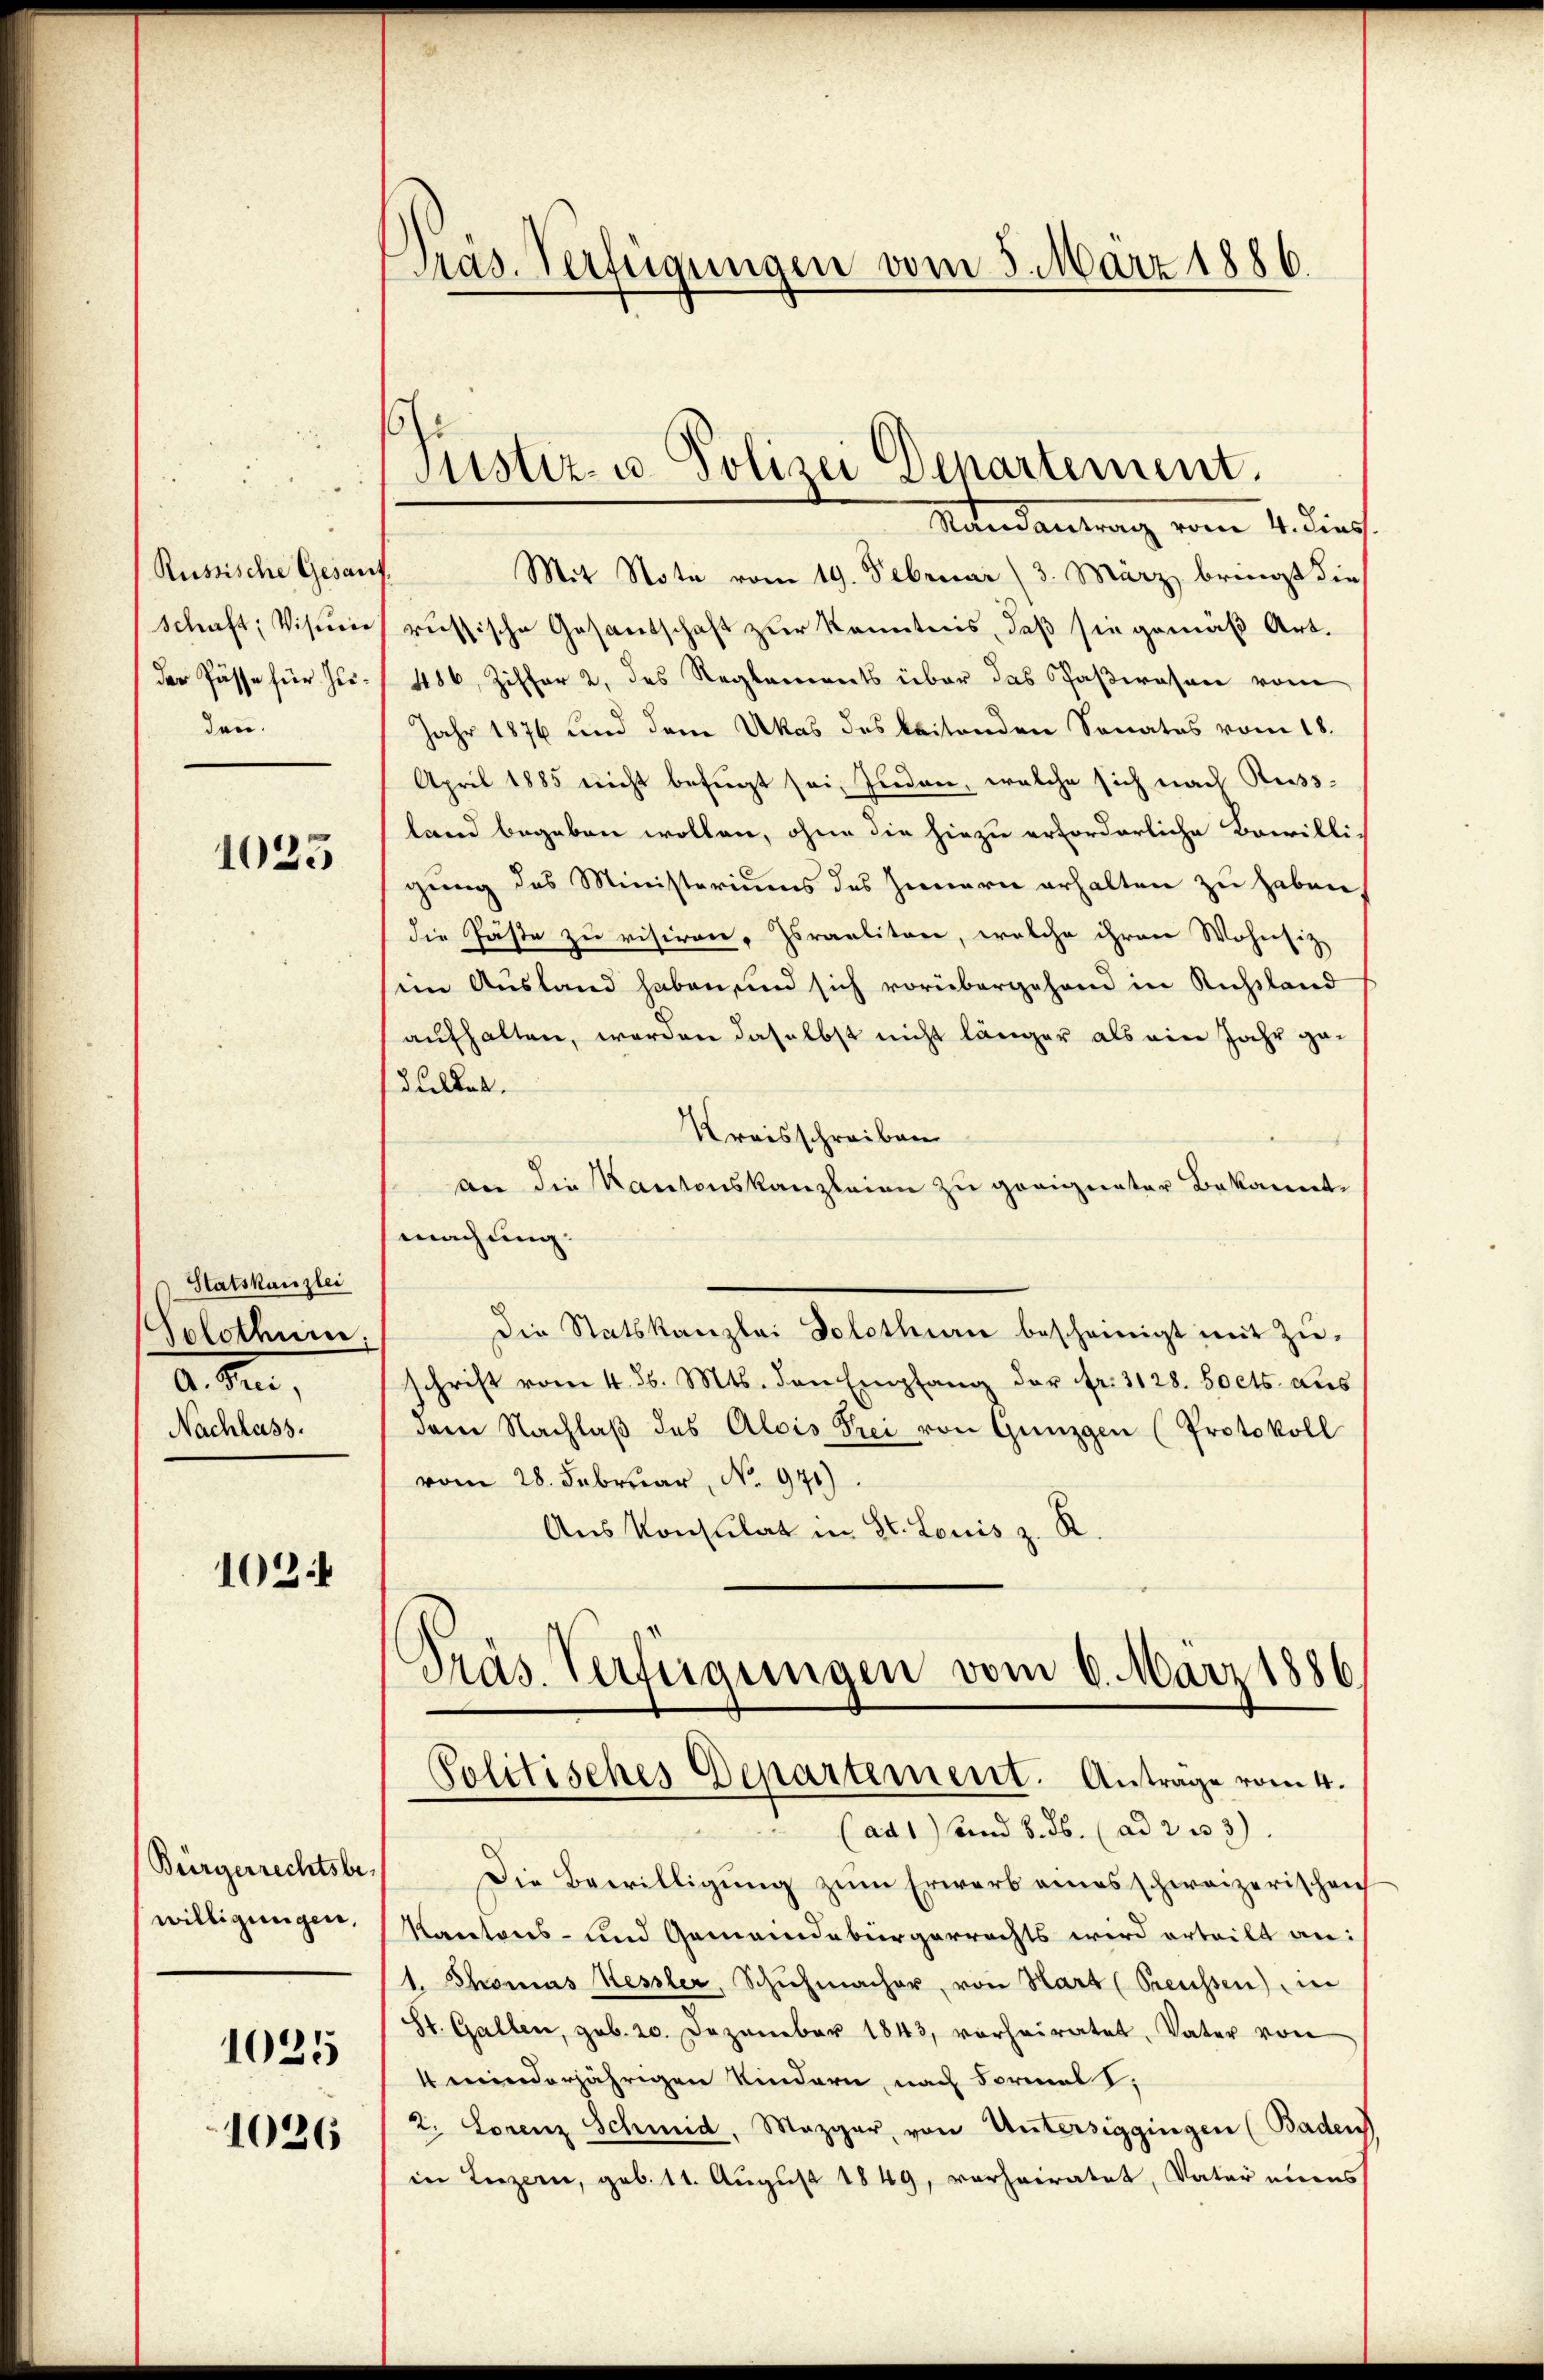
Russische Gesant
Schaft, Visum
der Pässe für Zuden.

1023

Statskanzlei
Solothurn,
d. M.,
Nachlass.

102.

Bürgerrechtsbewilligungen,
1025

1026

Präs. Verfügungen vom 8. März 1886

s
Justiz- u. Polizei Departement.

Mandantrag vom 1. dies.
Mit Note vom 19. Februar (3. März bringt die
russische Gesantschaft zur Kenntnis, daß sie gemäß Art.
486, Ziffer 2, des Reglements über das Paßwesen vom
Jahr 1876 und dem Ukas des beitenden Sonates vom 18.
April 1885 nicht befugt sei, Juden, welche sich nach Russland begeben wollen, ohne die hiezu erforderliche Bewilligung des Ministeriums des Innern erhalten zu haben,
die Gäste zu visiren, Israelitäre, welche ihren Wohnsitz
im Ausland haben, und sich vorübergehend in Richtland
aufhalten, worden daselbst nicht länger als ein Jahr gedulden.
Kreisschreiben
an die Kantonskanzleien zu geeigneter Bekannt.
machung.
Die Statskanzlei Solothurn bescheinigt mit Zŭ-
schrift vom 4. d. Mts. den Empfang der fr. 3128. Soets aus
dem Nachlaβ des Alois Frei von Günzgen (Protokoll
vom 28. Februar, No. 971)
Aus Konsulat in St. Louis z. R.
Präs. Verfügungen vom 6. März 1886
Politisches Departement. Antrage vom 4.
(ad 1) und 8. ds. (ad 2 u 3)
Die Bewilligung zum Erwarb eines schweizerischen
Kantons- und Gemeindebürgerrechts wird erteilt an:
1. Thomas Kessler, Schŭhmacher, von Hart (Preussen) in
St. Gallen, geb. 20. Dezember 1843, vorheiratet, Vater von
4 minderjährigen Kindern, nach Formals,
2. Lorenz Schmid, Mezger, von Untersiggingen (Baden
in Luzern, geb. 11. August 1849, verheiratet, Vater eines